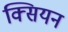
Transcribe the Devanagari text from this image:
क्सियन